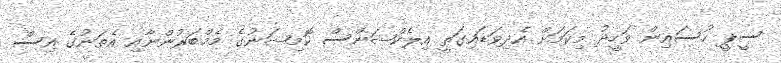
ސީޕީ ހުސައިން ވަހީދު މިކަމަށް އެދިވަޑައިގަތީ އިލެކްޝަންސް ކޮމިޝަނުގެ މެމްބަރުންނާއި އެތަނުގެ އިސް